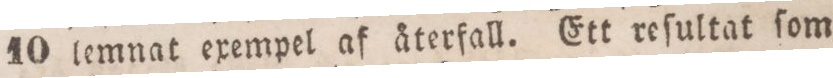
10 lemnat exempel af återfall. Ett reſultat ſom